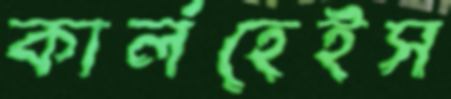
কার্লহেইস